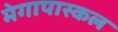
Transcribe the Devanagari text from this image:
मेगापास्कल